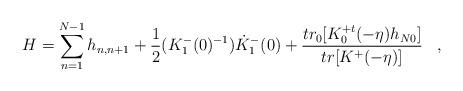
LaTeX: \begin{align*}H=\sum^{N-1}_{n=1}h_{n,n+1}+\frac{1}{2} (K^{-}_{1}(0)^{-1})\dot{K}^{-}_{1}(0)+\frac{tr_{0}[K^{+t}_{0}(-\eta)h_{N0}]}{tr[K^{+}(-\eta)]}\;\;\;,\end{align*}